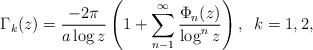
\begin{align*}\Gamma_k(z)=\frac{-2\pi}{a\log z}\left(1+\sum_{n-1}^{\infty}\frac{\Phi_n(z)}{\log^nz}\right),\;\;k=1,2, \end{align*}